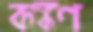
কঙ্কণ